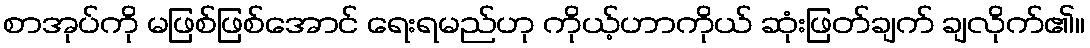
စာအုပ်ကို မဖြစ်ဖြစ်အောင် ရေးရမည်ဟု ကိုယ့်ဟာကိုယ် ဆုံးဖြတ်ချက် ချလိုက်၏။